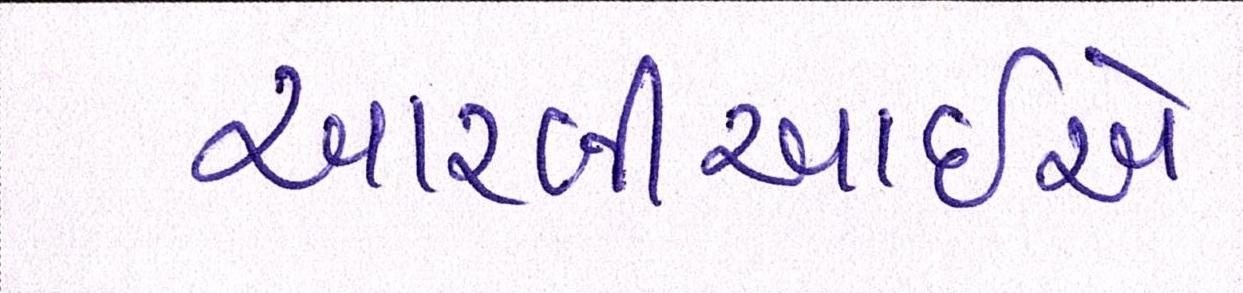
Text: આરબીઆઇએ